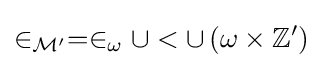
\in _{{\mathcal {M}}'}=\in _{\omega }\cup <\cup \,(\omega \times \mathbb {Z} ')